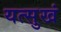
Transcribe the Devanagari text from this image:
यत्सुखं